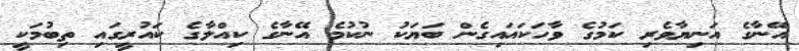
އޭނާގެ އަނިޔާވެރި ކަމުގެ ވާހަކައައިގެން ބަޔަކު ނުކުމެ އޭނާގެ ކިއްލާގެ ކައުރީގައި ތިބުމަކީ